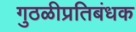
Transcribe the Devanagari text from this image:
गुठळीप्रतिबंधक